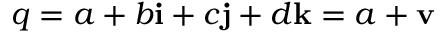
q = a + b \mathbf { i } + c \mathbf { j } + d \mathbf { k } = a + \mathbf { v }